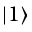
| 1 \rangle